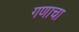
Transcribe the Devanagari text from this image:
गणाचा